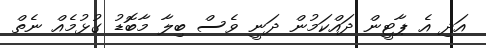
އަދި އެ ޕާޓީން ދައްކަމުން ދަނީ ވެސް ބިލާ މާބޮޑު ގުޅުމެއް ނެތް